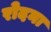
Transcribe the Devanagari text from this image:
रोदना